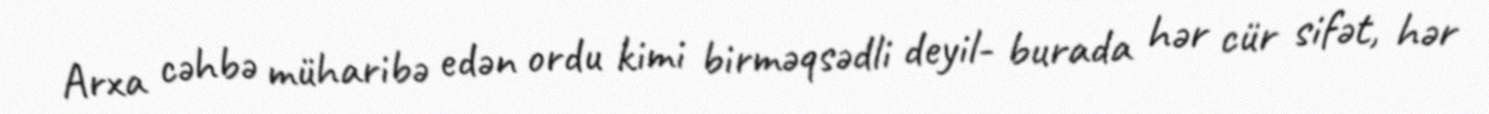
Arxa cəhbə müharibə edən ordu kimi birməqsədli deyil- burada hər cür sifət, hər